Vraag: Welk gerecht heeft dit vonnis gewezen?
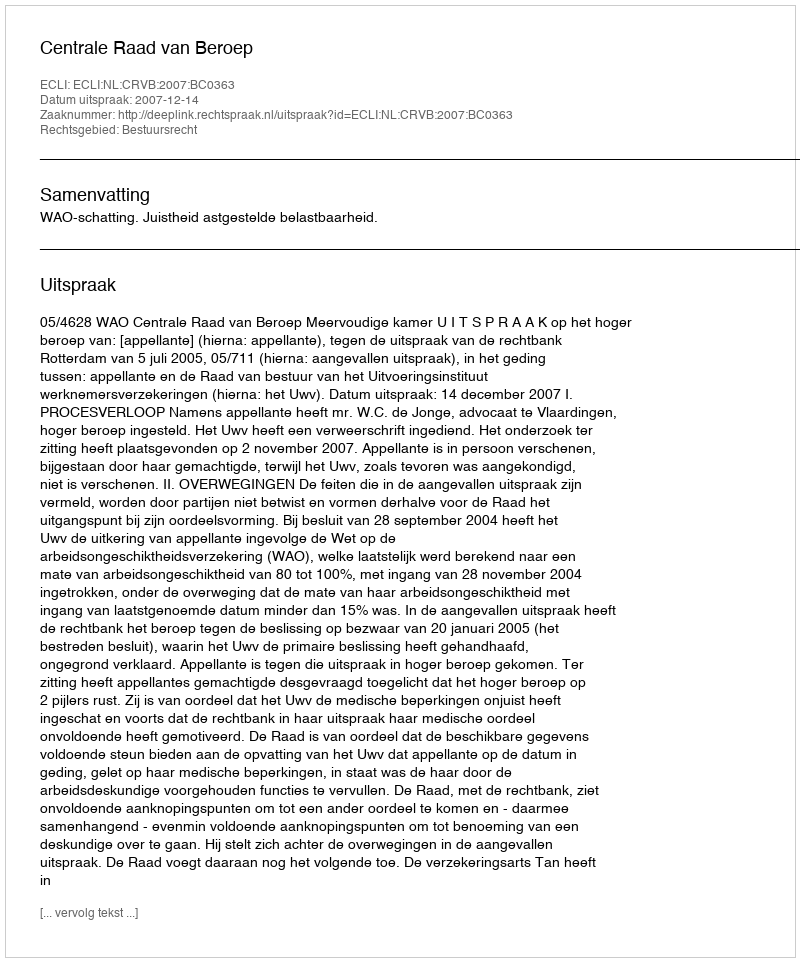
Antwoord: Centrale Raad van Beroep